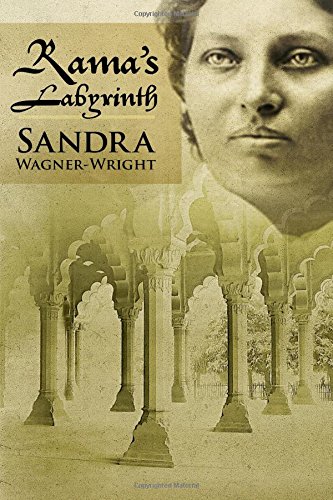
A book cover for Rama's Labyrinth; Sandra Wagner-Wright; Literature & Fiction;